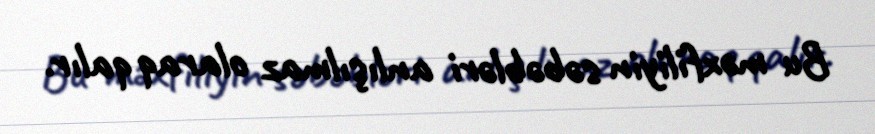
Bu məxfiliyin səbəbləri anlışılmaz olaraq qalır.